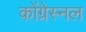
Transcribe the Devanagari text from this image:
कोंग्रेस्नल